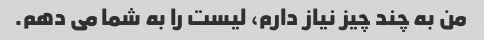
من به چند چیز نیاز دارم، لیست را به شما می دهم.